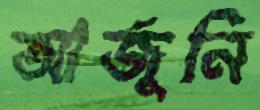
আর্জুনি